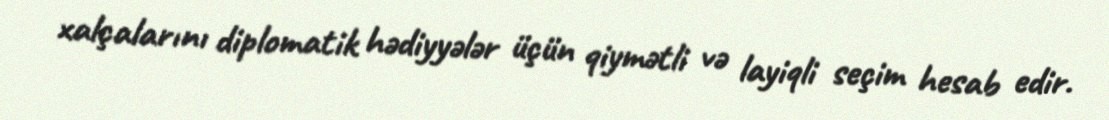
xalçalarını diplomatik hədiyyələr üçün qiymətli və layiqli seçim hesab edir.